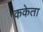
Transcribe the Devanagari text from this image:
ककेता